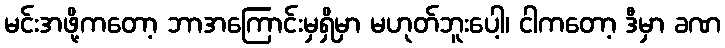
မင်းအဖို့ကတော့ ဘာအကြောင်းမှရှိမှာ မဟုတ်ဘူးပေါ့၊ ငါကတော့ ဒီမှာ ခဏ